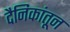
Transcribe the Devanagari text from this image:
दैनिकांतून